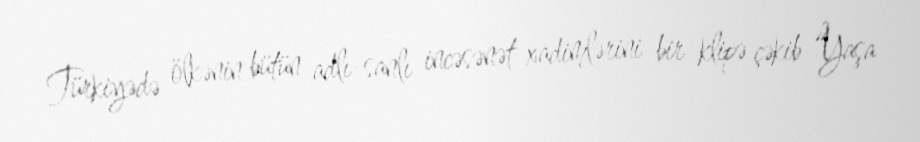
Türkiyədə ölkənin bütün adlı-sanlı incəsənət xadimlərini bir klipə çəkib “Yaşa